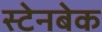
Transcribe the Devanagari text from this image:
स्टेनबेक